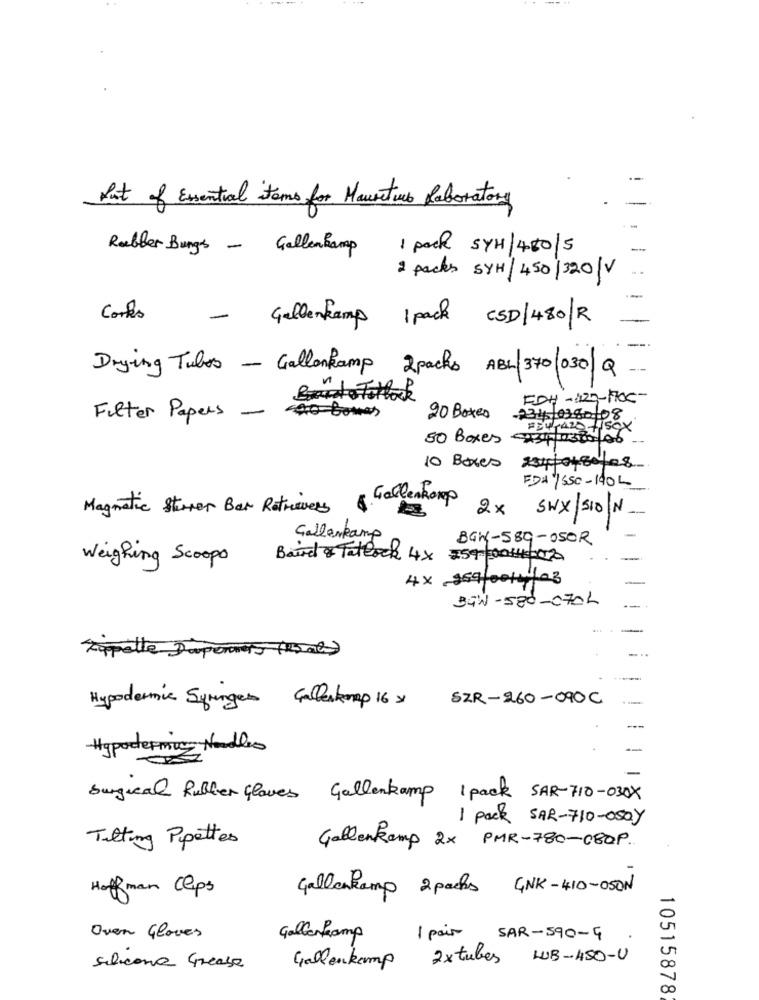
out of Essential items for Mauritius Laboratory
Rubber Bungs - Gallenkamp 1 pack SYH/450/5
-
2 packs SYH/450/320/V
--
Cortes
- Gallenkamp 1 pack CSD/480/R
Drying Tubos - Gallonkamp 2packs ABL 370/030|Q-
BandoTottak
FDH-420-1705-
Filter Papers
aotomas
20 Boxes
234/0380-08
#34-420 +Sex
50 Boxes 34/0300/06
10 Boxes 08
FDA 1/550-190L
6. Gallenkomp
Magmatic Sterner Bar Retrievers
2 x SWX SION
Gallerkamp
BGK-589-050R
Weighing Scoops
Baird & Tatlock 4x
75930014 2020
4× 259/00/ faz
BTW-580-070L
Eipelle Dispensers (5 ml)
SZR-260-090C
Hypodermic Syringes Gallenknap 16 x
Hypodermic Needles
Surgical Rubber Gloves Gallenkamp 1 pack SAR-710-030X
1 pack SAR-710-050Y
Tilting Pipettes
Gallenkamp 2x PMR-780-080P.
Hoffman Clips
Gallenkamp 2 packs GNK-410-050N
Oven Gloves
Gallerkamp
1 pair SAR -590-4
Gallenkamp
2x tubes LUB-450-U
Silicona Grease
10515878